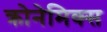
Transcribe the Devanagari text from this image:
क्रोनेमिक्स